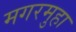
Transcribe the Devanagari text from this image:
मगरमुहा